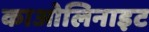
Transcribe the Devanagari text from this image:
काओलिनाइट